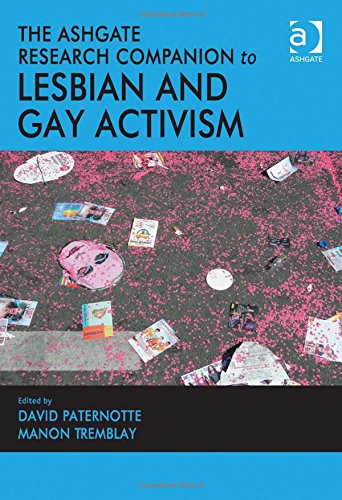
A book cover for The Ashgate Research Companion to Lesbian and Gay Activism; Gay & Lesbian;